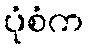
ပုံစံက